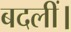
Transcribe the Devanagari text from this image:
बदलीं।